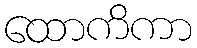
ထောကိကာ